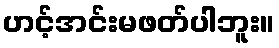
ဟင့်အင်းမဖတ်ပါဘူး။